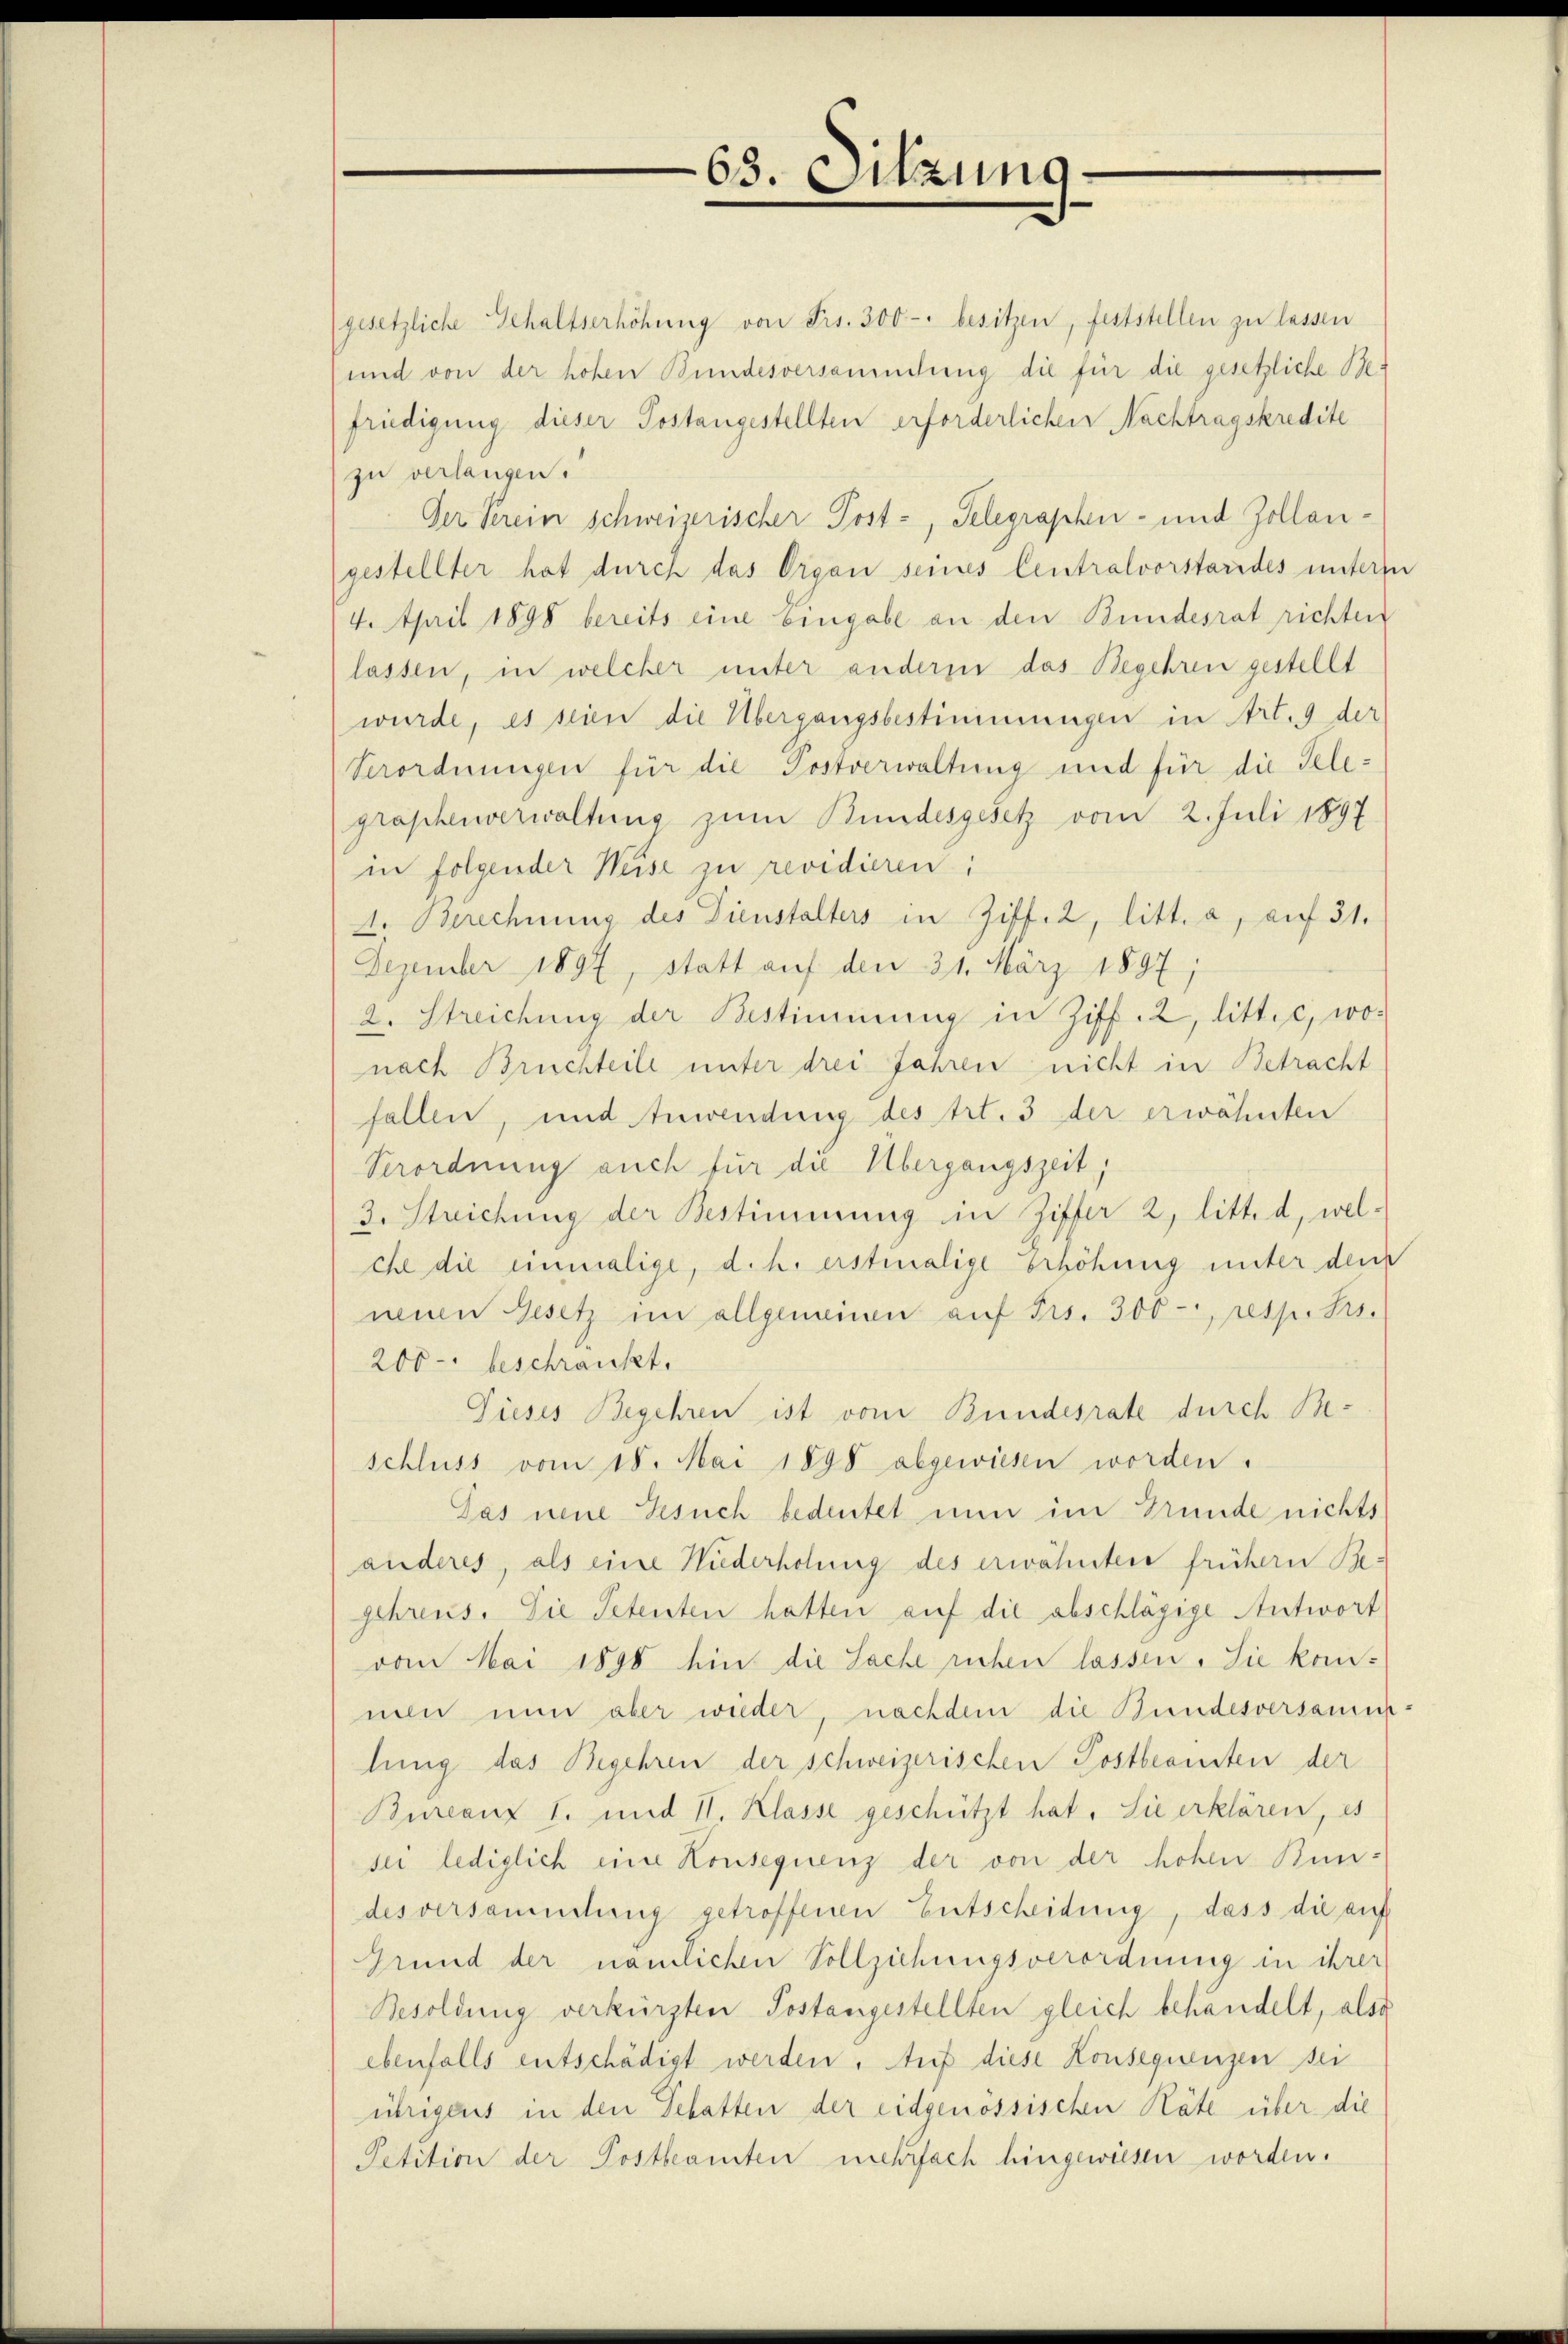
63. Sitzung.

gesetzliche Gehaltserhöhung von Frs. 300 - besitzen, feststellen zu lassen
und von der hohen Bundesversammdung die für die gesetzliche Be-
friedigung dieser Postangestellten erforderlichen Nachtragskredite
zu verlangen.
Der Verein schweizerischer Post-, Telegraphen- und Zollangestellter hat durch das Organ seines Centralvorstardes unteren
4. April 1898 bereits eine Eingabe an den Bundesrat richten
lassen, in welcher unter anderen das Begehren gestellt
wurde, es seien die Übergangsbestimmungen in Art. 9 der
Verordnungen für die Postverwaltung und für die Telegroschenverwaltung zum Bundesgesetz vom 2. Juli 1897
in folgender Weise zu revidieren:
4. Berechnung des Dienstalters in Ziff. 2, litt. a, auf 31.
Dezember 1897, statt auf den 31. März 1897;
2. Streichung der Bestimmung in Ziff. 2, litt. c, wonach Bruchteile unter drei Jahren nicht in Betracht
fallen, und Anwendung des trt. 3 der erwähnten
Verordnung auch für die Übergangszeit,
3. Streichung der Bestimmung in Ziffer 2, litt. d, welche die einmalige, d. h. erstmalige Erhöhung unter dem
neuen Gesetz im allgemeinen auf Frs. 300 resp. Kis.
200 - beschränkt.
Tieses Begehren ist vom Bundesrate durch Beschluss vom 18. Mai 1890 abgewiesen worden.
Das neue Gesuch bedeutet nun im Grunde nichts
anderes, als eine Niederholung des erwähnten frühern Be-
gehrens. Die Petenten hatten auf die abschlägige Antwort
vom Mai 1898 hin die Sache richen lassen. Sie kom-
men nun aber wieder, nachdem die Bundesversamm-
lung das Begehren der schweizerischen Postbeamten der
Bureaux I. und II. Klasse geschützt hat. Sie erklären, es
sei lediglich eine Konsequenz der von der hohen Bun-
desversammlung getroffenen Entscheidung, dass die auf
Grund der nämlichen Vollziehungsverordnung in ihrer
Besoldung verkürzten Postangestellten gleich behandelt, also
ebenfalls entschädigt werden. Auf diese Konsequenzen sei
übrigens in den Schatten der eidgenössischen Räte über die
Petition der Postbeamten mehrfach hingewiesen worden.